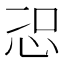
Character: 𭜦